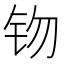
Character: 䥼